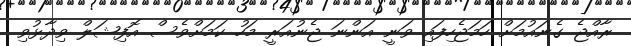
ރާއްޖެ ގެނައުމަށް ހަމަޖެހިފައި ވަނީ އަންނަ ޖެނުއަރީ މަހު ކަމަށްވެސް އޮފިޝަލް ވިދާޅުވި